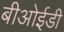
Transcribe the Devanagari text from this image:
बीओईडी